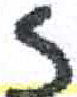
אות: ז